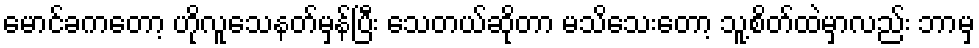
မောင်ခကတော့ ဟိုလူသေနတ်မှန်ပြီး သေတယ်ဆိုတာ မသိသေးတော့ သူ့စိတ်ထဲမှာလည်း ဘာမှ